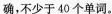
确，不少于40个单词。